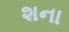
શના